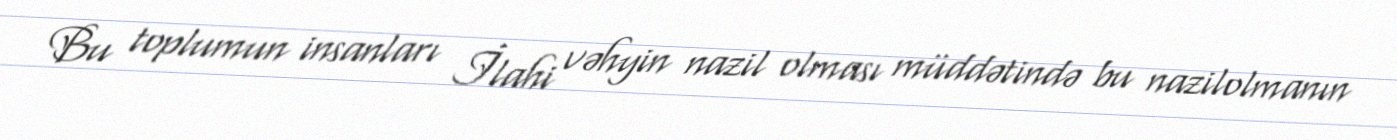
Bu toplumun insanları İlahi vəhyin nazil olması müddətində bu nazilolmanın